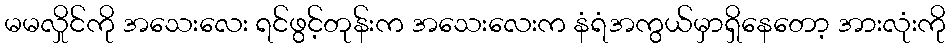
မမလှိုင်ကို အသေးလေး ရင်ဖွင့်တုန်းက အသေးလေးက နံရံအကွယ်မှာရှိနေတော့ အားလုံးကို